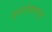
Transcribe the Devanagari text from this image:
दत्तात्रेयाकडून